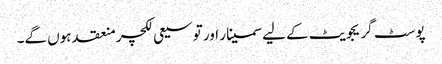
پوسٹ گریجویٹ کے لیے سمینار اور توسیعی لکچر منعقد ہوں گے۔